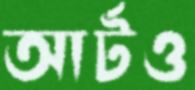
আর্টও